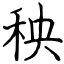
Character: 秧